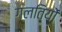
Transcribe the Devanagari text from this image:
गलतियों